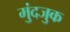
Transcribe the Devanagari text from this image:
मुंदजुक